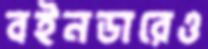
বইনডারেও